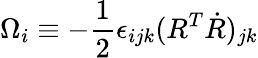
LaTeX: \Omega_{i}\equiv-\frac 12\epsilon_{ijk}(R^{T}\dot{R})_{jk}